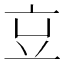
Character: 𠅉